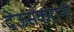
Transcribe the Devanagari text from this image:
देऊसकरांनी